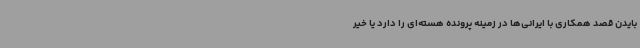
بایدن قصد همکاری با ایرانی‌ها در زمینه پرونده هسته‌ای را دارد یا خیر